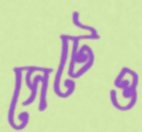
সেটেও